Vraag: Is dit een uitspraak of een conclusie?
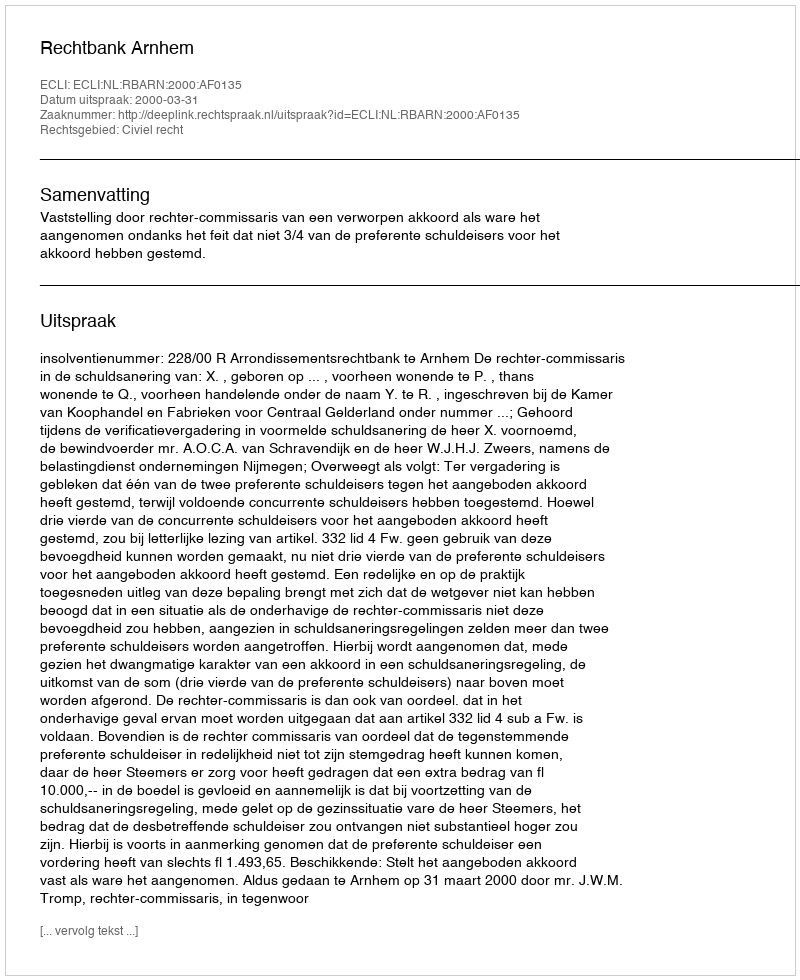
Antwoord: Uitspraak